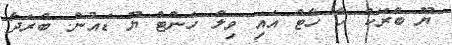
ޔޫ ބްރޭކް ހާ ހާޓް އައި ވިލް ހަންޓް ޔޫ ޑައުން. ބްރަދާ